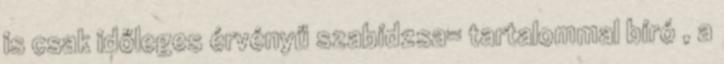
is csak időleges érvényű szabídzsa= tartalommal bíró , a